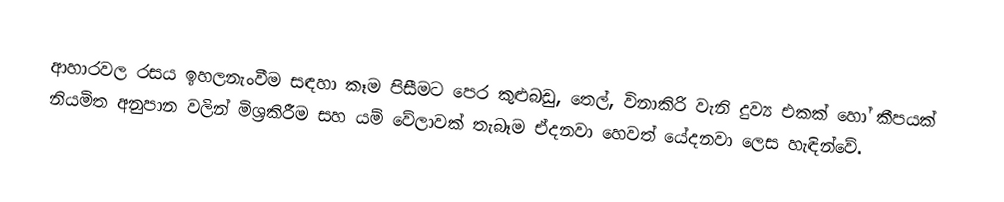
ආහාරවල රසය ඉහලනැංවීම සඳහා කෑම පිසීමට පෙර කුළුබඩු, තෙල්, විනාකිරි වැනි දුව්‍ය එකක් හෝ කීපයක් නියමිත අනුපාන වලින් මිශ්‍රකිරීම සහ යම් වේලාවක් තැබෑම ඒදනවා හෙවත් යේදනවා ලෙස හැඳින්වේ.